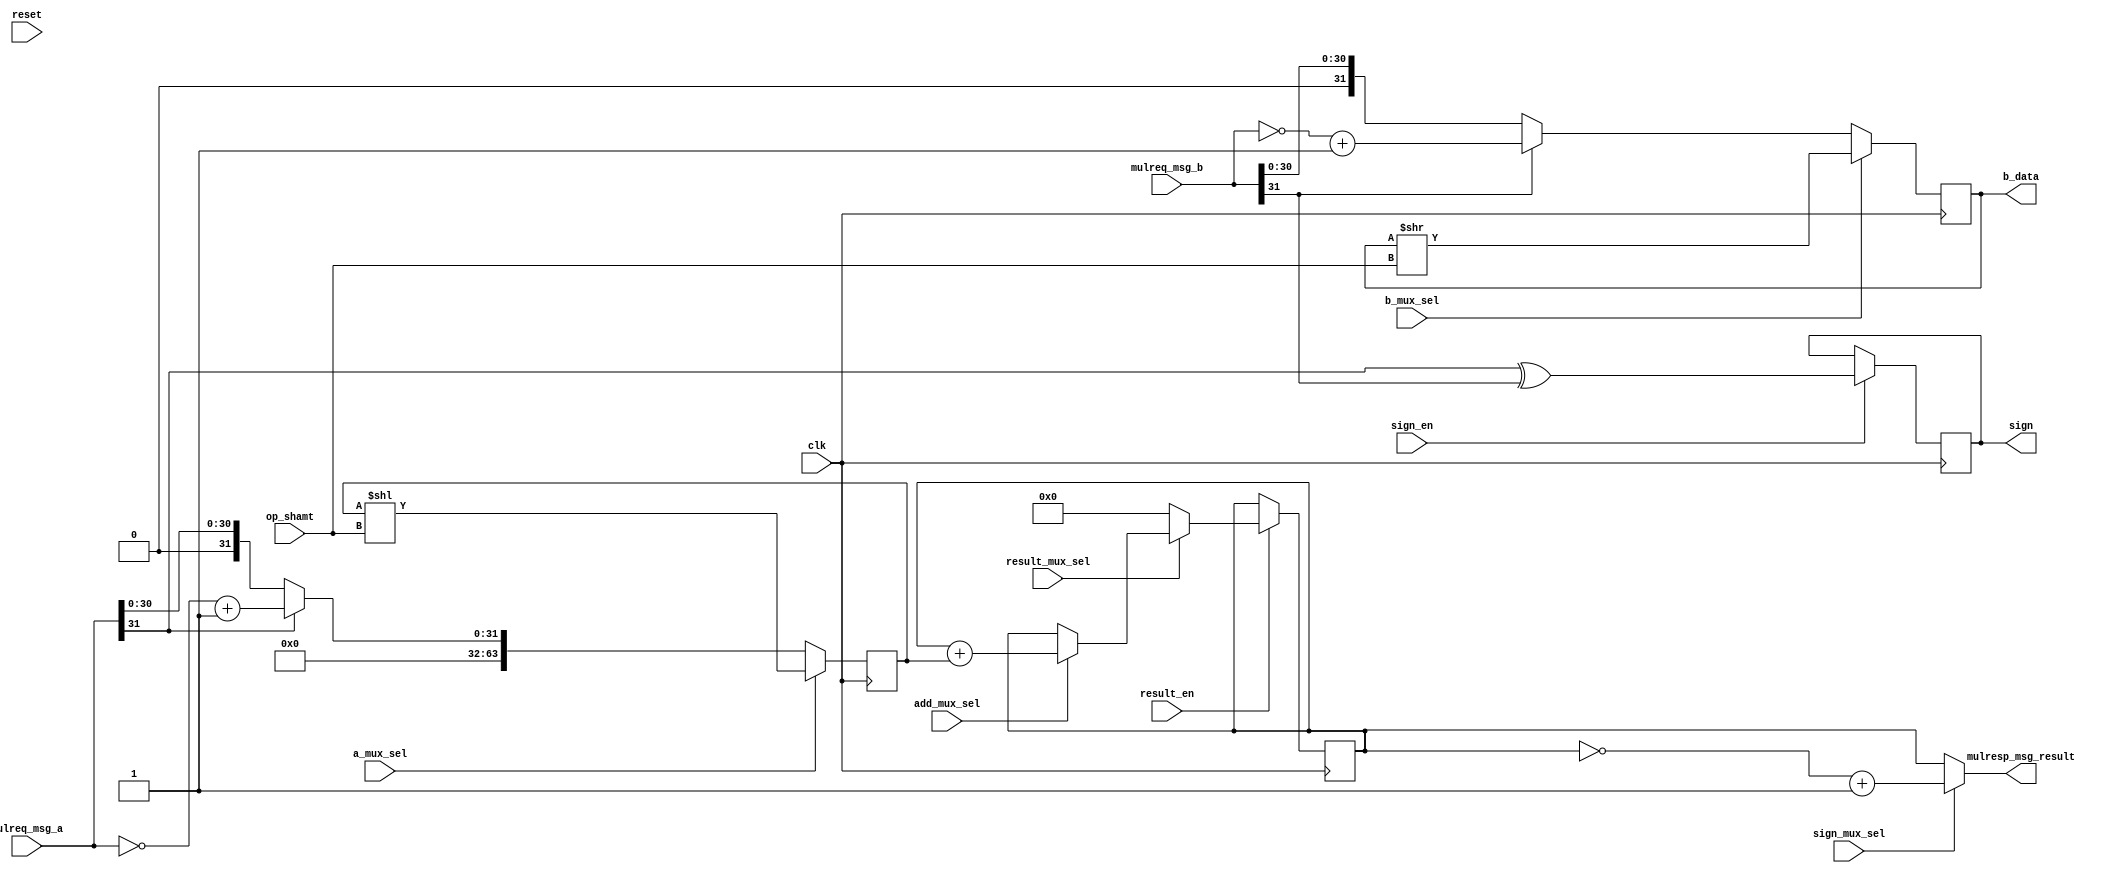
module imuldiv_IntMulVariableDpath
(
  input                clk,
  input                reset,
  input  [31:0] mulreq_msg_a,
  input  [31:0] mulreq_msg_b,
  output [63:0] mulresp_msg_result,
  output        sign,
  output [31:0] b_data,
  input         sign_en,
  input         result_en,
  input         a_mux_sel,
  input         b_mux_sel,
  input   [4:0] op_shamt,
  input         result_mux_sel,
  input         add_mux_sel,
  input         sign_mux_sel
);
  localparam op_x     = 1'dx;
  localparam op_load  = 1'd0;
  localparam op_next  = 1'd1;
  localparam add_x    = 1'dx;
  localparam add_old  = 1'd0;
  localparam add_next = 1'd1;
  localparam sign_x   = 1'dx;
  localparam sign_u   = 1'd0;
  localparam sign_s   = 1'd1;
  reg         sign_reg;
  wire [63:0] a_shift_out;
  wire [31:0] b_shift_out;
  wire [63:0] result_mux_out;
  wire [63:0] signed_result_mux_out;
  wire   sign_next = mulreq_msg_a[31] ^ mulreq_msg_b[31];
  assign sign      = sign_reg;
  wire [31:0] unsigned_a
    = ( mulreq_msg_a[31] ) ? ~mulreq_msg_a + 1'b1
    :                         mulreq_msg_a;
  wire [31:0] unsigned_b
    = ( mulreq_msg_b[31] ) ? ~mulreq_msg_b + 1'b1
    :                         mulreq_msg_b;
  wire [63:0] a_mux_out
    = ( a_mux_sel == op_load ) ? { 32'b0, unsigned_a }
    : ( a_mux_sel == op_next ) ? a_shift_out
    :                            64'bx;
  wire [31:0]   b_mux_out
    = ( b_mux_sel == op_load ) ? unsigned_b
    : ( b_mux_sel == op_next ) ? b_shift_out
    :                            32'bx;
  reg [63:0] a_reg;
  reg [31:0] b_reg;
  reg [63:0] result_reg;
  always @ ( posedge clk ) begin
    if ( sign_en ) begin
      sign_reg   <= sign_next;
    end
    if ( result_en ) begin
      result_reg <= result_mux_out;
    end
    a_reg        <= a_mux_out;
    b_reg        <= b_mux_out;
  end
  assign b_data = b_reg;
  assign a_shift_out = a_reg << op_shamt;
  assign b_shift_out = b_reg >> op_shamt;
  wire [63:0] add_out = result_reg + a_reg;
  wire [63:0] add_mux_out
    = ( add_mux_sel == add_old )  ? result_reg
    : ( add_mux_sel == add_next ) ? add_out
    :                               64'bx;
  assign result_mux_out
    = ( result_mux_sel == op_load ) ? 64'b0
    : ( result_mux_sel == op_next ) ? add_mux_out
    :                                 64'bx;
  assign signed_result_mux_out
    = ( sign_mux_sel == sign_u ) ? result_reg
    : ( sign_mux_sel == sign_s ) ? ~result_reg + 1'b1
    :                              64'bx;
  assign mulresp_msg_result = signed_result_mux_out;
endmodule